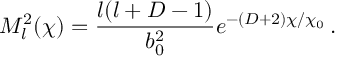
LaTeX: M _ { l } ^ { 2 } ( \chi ) = \frac { l ( l + D - 1 ) } { b _ { 0 } ^ { 2 } } e ^ { - ( D + 2 ) \chi / \chi _ { 0 } } \, .